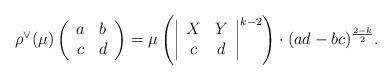
LaTeX: \begin{align*}\rho^\vee(\mu)\left(\begin{array}{cc}a&b\\c&d\end{array}\right)=\mu\left(\left|\begin{array}{cc}X&Y\\c&d\end{array}\right|^{k-2}\right)\cdot(ad-bc)^{\frac{2-k}{2}}.\end{align*}